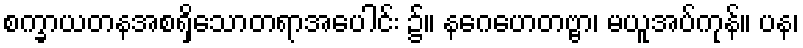
စက္ခာယတနအစရှိသောတရာအပေါင်း ၌။ နဂေဟေတဗ္ဗာ၊ မယူအပ်ကုန်။ ပန၊